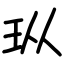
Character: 𪻐